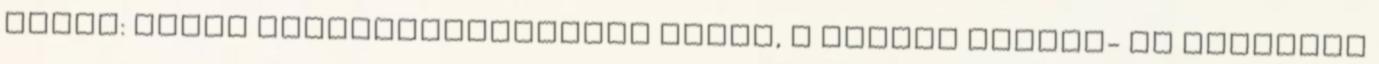
témái: éhány értelmezőgondolat arról, A magyar textil- és ruhaipar